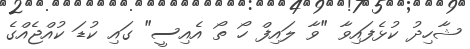
ޝާހިދު ކުޅެފައިވާ "ވާ ލައިފް ހޯ ތޯ އެއިސީ" ގައި ކުޑަ ކުއްޖެއްގެ